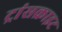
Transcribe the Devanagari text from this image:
ट्रांसक्राइट